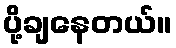
ပို့ချနေတယ်။